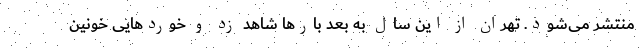
منتشر می‌شود. تهران از این سال به بعد بارها شاهد زد و خوردهایی خونین